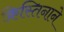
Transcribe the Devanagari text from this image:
क्रिस्तिनाने